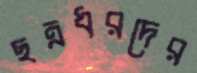
ছত্রধরদের